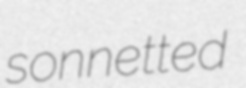
sonnetted